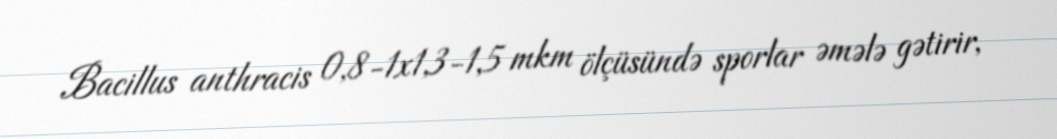
Bacillus anthracis 0,8-1x1,3-1,5 mkm ölçüsündə sporlar əmələ gətirir,